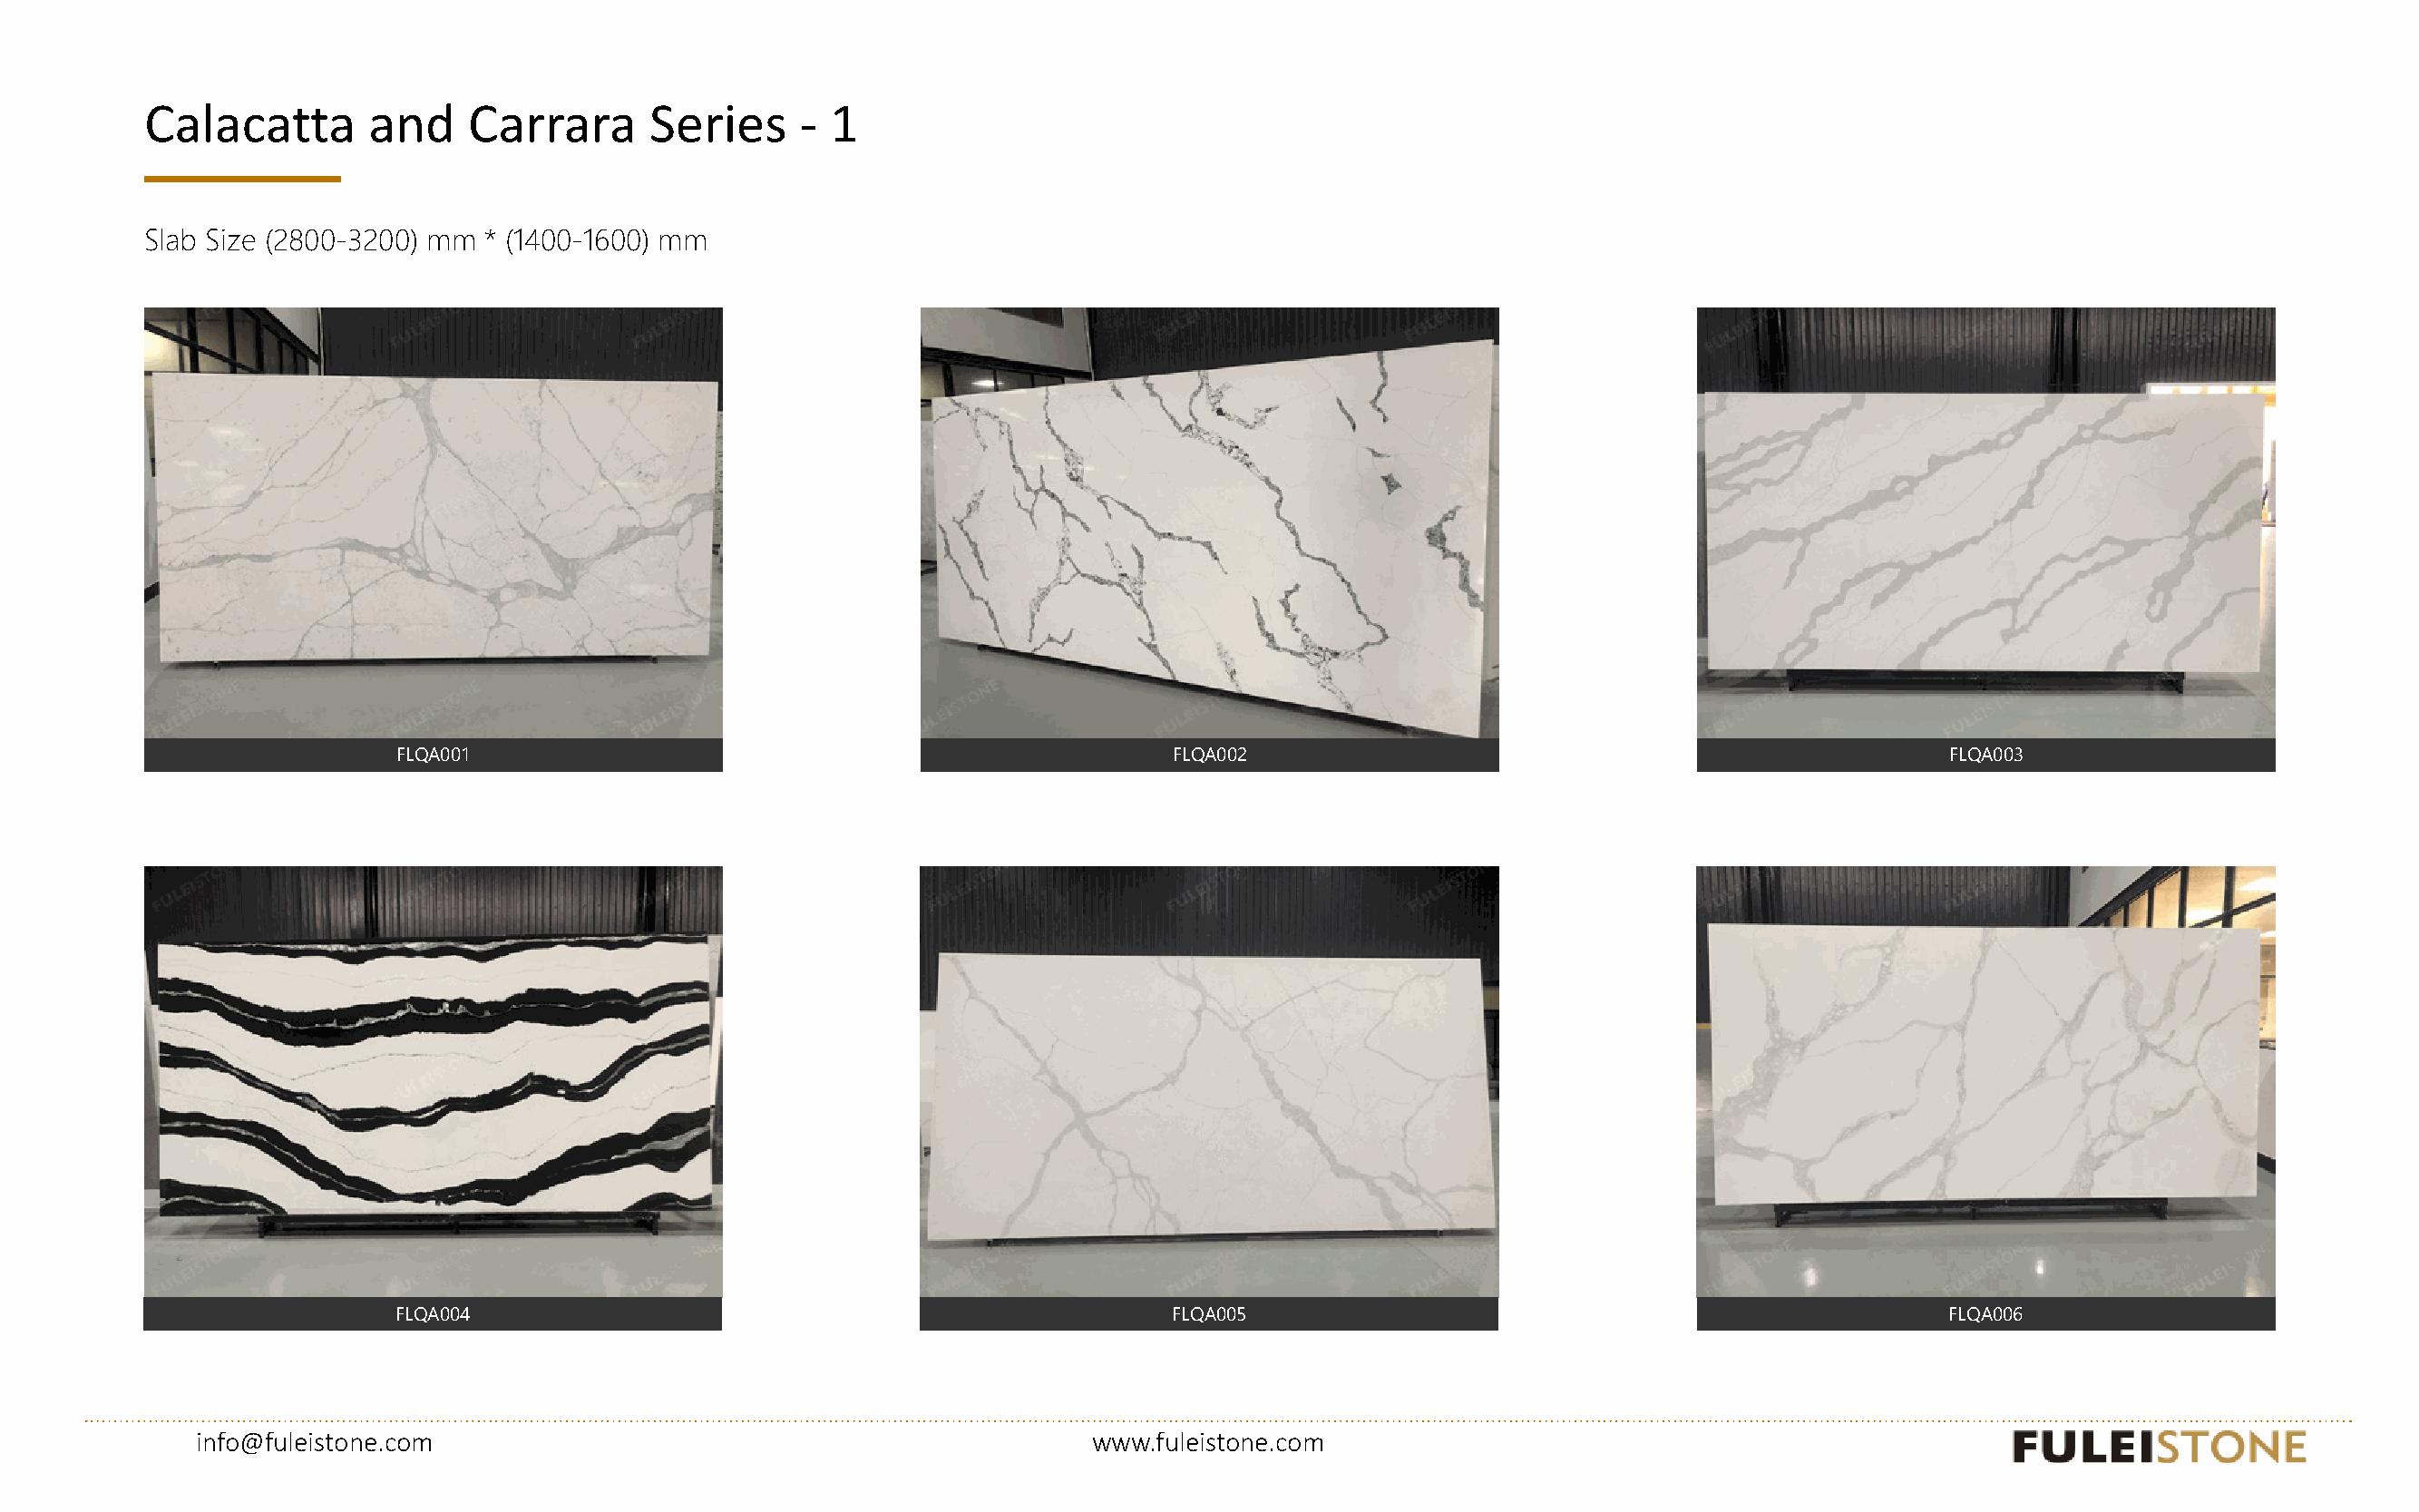
www.fuleistone.com
 Calacatta       and    Carrara      Series     -  1
 Slab Size (2800-3200) mm * (1400-1600) mm
 FLQA001                                                  FLQA002                                                 FLQA003
 FLQA004                                                  FLQA005                                                 FLQA006
 info@fuleistone.com                                               www.fuleistone.com